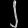
Digit: ၂